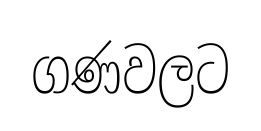
ගණවලට